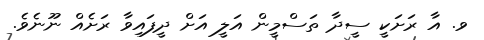
ވ. އާ ރަށަކީ ސީދާ ތަސްމީން އަލީ އަށް ދީފައިވާ ރަށެއް ނޫނެވެ.